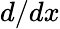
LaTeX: d/dx